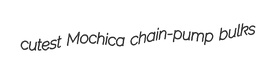
cutest Mochica chain-pump bulks